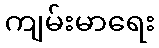
ကျမ်းမာရေး